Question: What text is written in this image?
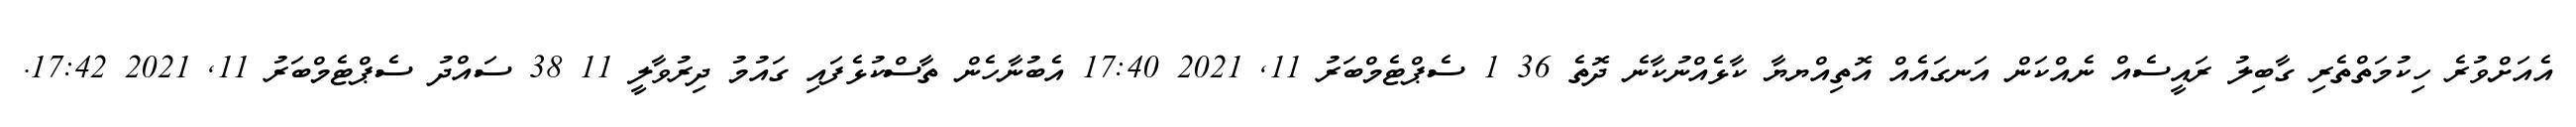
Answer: އެއަށްވުރެ ހިކުމަތްތެރި ގާބިލު ރައީސެއް ނެއްކަން އަނގައެއް އޮތިއްޔޔާ ކާޅެއްނުކާނެ ދޮތެ 36 1 ސެޕްޓެމްބަރު 11, 2021 17:40 އެބުނާހެން ތާސްކުޅެފައި ގައުމު ދިރުވާލީ 11 38 ސައްދު ސެޕްޓެމްބަރު 11, 2021 17:42.